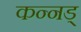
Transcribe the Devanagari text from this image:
कन्नड्